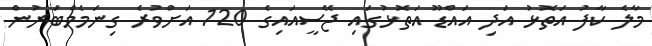
މާލެ ކާފު އަތޮޅު އަދި އައްޑޫ އަތޮޅުގައި ޖޭސީއައިގެ 120 އަށްވުރެ ގިނަމެމްބަރުން